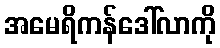
အမေရိကန်ဒေါ်လာကို